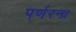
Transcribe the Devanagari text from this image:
पर्णरन्ध्र